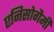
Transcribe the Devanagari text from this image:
एनिसोगैमी